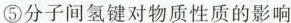
⑤分子间氢键对物质性质的影响